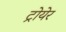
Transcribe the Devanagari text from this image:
ट्रोयेर